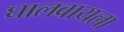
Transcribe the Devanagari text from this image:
घालवायला